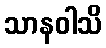
သာနဝါသိ